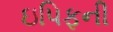
ઇપિફની